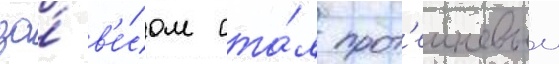
за́ в'е́сом ста́л прот'еиновыи